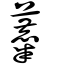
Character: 蘪